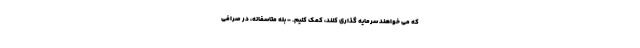
که می خواهند سرمایه گذاری کنند، کمک کنیم. - بله متاسفانه، در صرافی